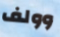
وولف